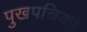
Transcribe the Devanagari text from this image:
पुखपत्रिका